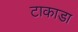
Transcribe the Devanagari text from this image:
टाकाडा